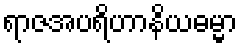
ရာဇအပရိဟာနိယဓမ္မာ